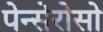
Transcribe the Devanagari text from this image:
पेन्सेरोसो